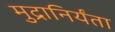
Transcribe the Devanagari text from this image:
मुद्रानिर्यंता